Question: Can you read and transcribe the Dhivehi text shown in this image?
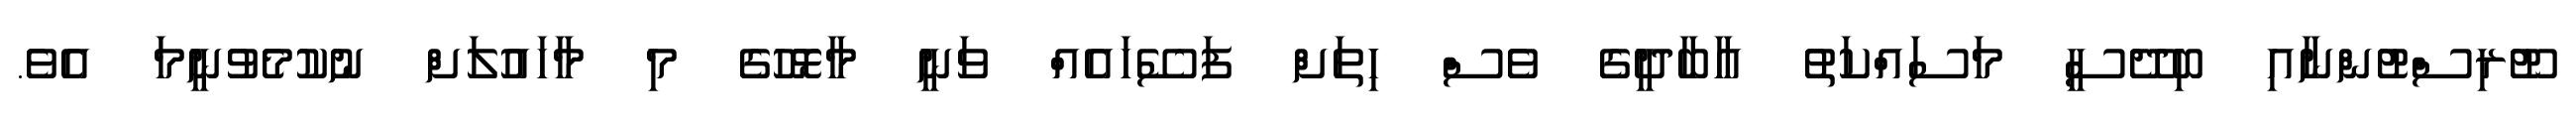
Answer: ޓޫރިސްޓުންނާއި ބިދޭސީ މަސައްކަތު އާބާދީގެ ވެސް ހިތަށް ފަސޭހައެއް ވަނީ މާޅޮހުގެ މި މާހައުލަށް ނުކުމެވުނީމަ އެވެ.